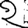
Digit: 2